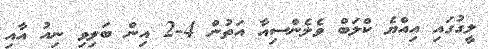
ލީގުގައި އިއްޔެ ކްލަބް ވެލެންސިއާ އަަތުން 4-2 އިން ބަލިވި ނިއު އާއި